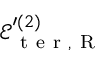
\mathcal { E } _ { \mathrm { ~ t ~ e ~ r ~ } , \mathrm { ~ R ~ } } ^ { \prime { ( 2 ) } }